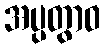
အပ္ပတွာဝ